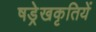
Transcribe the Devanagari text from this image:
षड्रेखकृतियें